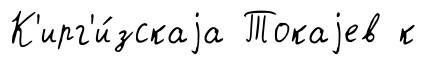
К'ирг'и́зскаjа Токаjев к